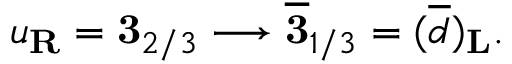
u _ { \bf R } = { \bf 3 } _ { 2 / 3 } \longrightarrow \overline { { { \bf 3 } } } _ { 1 / 3 } = ( \overline { { d } } ) _ { \bf L } .